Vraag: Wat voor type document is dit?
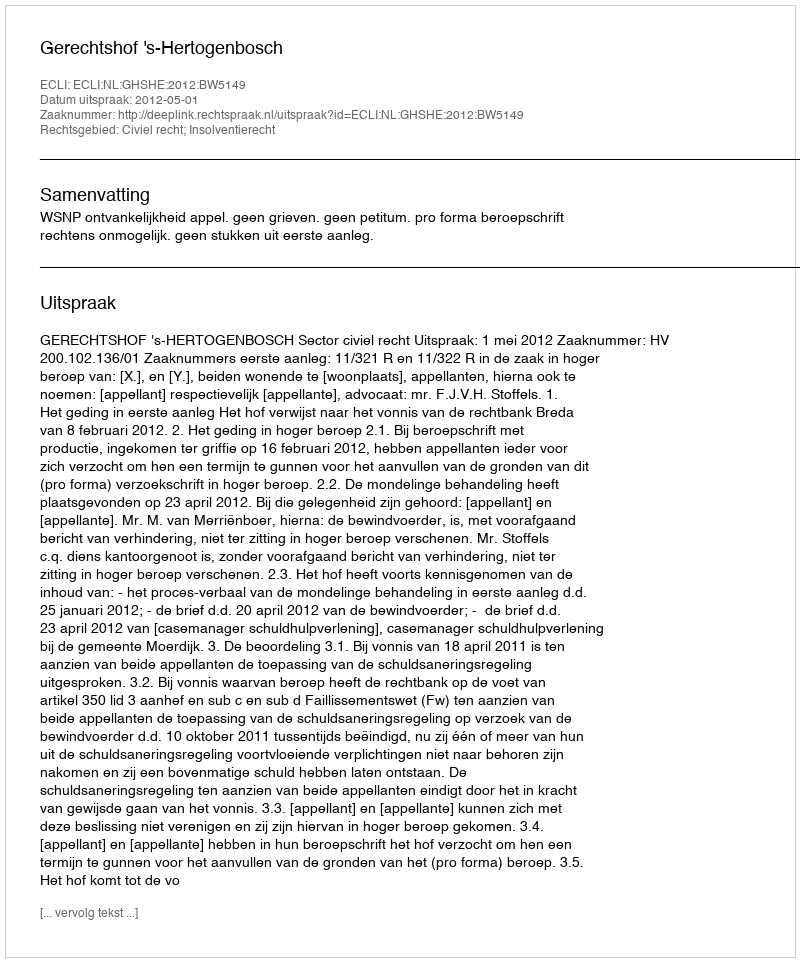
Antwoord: Uitspraak